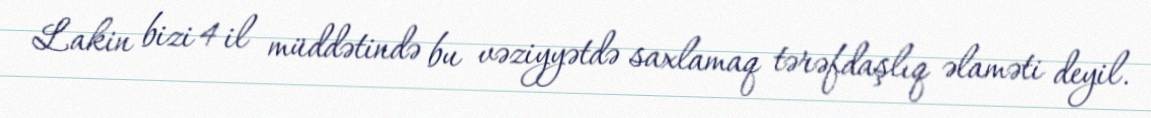
Lakin bizi 4 il müddətində bu vəziyyətdə saxlamaq tərəfdaşlıq əlaməti deyil.